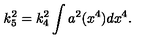
k _ { 5 } ^ { 2 } = k _ { 4 } ^ { 2 } \int a ^ { 2 } ( x ^ { 4 } ) d x ^ { 4 } .